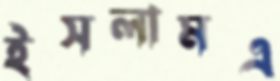
ইসলামএ